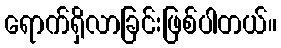
ရောက်ရှိလာခြင်းဖြစ်ပါတယ်။